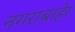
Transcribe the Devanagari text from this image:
नगराबाहेर